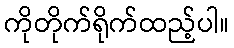
ကိုတိုက်ရိုက်ထည့်ပါ။